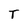
Character: T